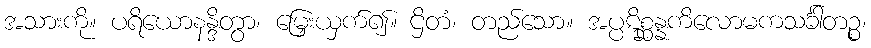
အသားကို။ ပရိယောနန္ဒိတွာ၊ မြှေးယှက်၍။ ဌိတံ၊ တည်သော။ အပ္ပဋိစ္ဆန္နကိလောမကသင်္ခါတဉ္စ၊